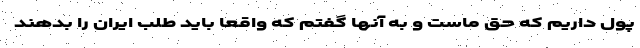
پول داریم که حق ماست و به آنها گفتم که واقعا باید طلب ایران را بدهند